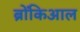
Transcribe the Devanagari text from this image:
ब्रोंकिआल